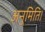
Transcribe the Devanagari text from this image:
अनुमिति।